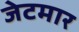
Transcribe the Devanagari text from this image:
जेटमार